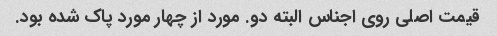
قیمت اصلی روی اجناس البته دو. مورد از چهار مورد پاک شده بود.